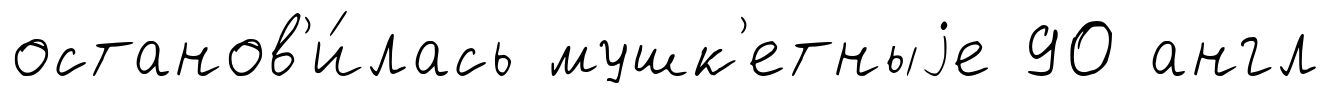
останов'и́лась мушк'етныjе 90 англ